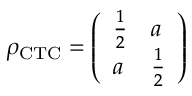
\rho _ { \mathrm { C T C } } = { \left( \begin{array} { l l } { { \frac { 1 } { 2 } } } & { a } \\ { a } & { { \frac { 1 } { 2 } } } \end{array} \right) }